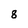
Character: 8